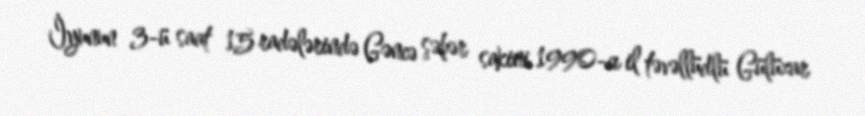
İyunun 3-ü saat 15 radələrində Gəncə şəhər sakini 1990-cı il təvəllüdlü Gülüzar